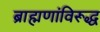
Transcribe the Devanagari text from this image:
ब्राह्मणांविरूद्ध